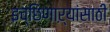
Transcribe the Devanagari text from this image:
इच्छिणाऱ्यांसाठी